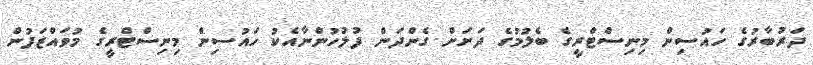
ދަރުބާރުގެ ހައުސިން މިނިސްޓްރީގެ ބެލުމުގެ ދަށަށް ގެންދަން ފުލުހުންނާއެކު ހައުސިން މިނިސްޓްރީގެ މުވައްޒަފުން